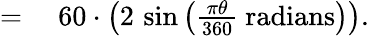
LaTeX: \begin{array}{rl}{={}}&{{}60\cdot\left(2\, \sin\left({\frac{\pi\theta}{360}}{\mathrm{~radians}}\right)\right).}\end{array}